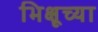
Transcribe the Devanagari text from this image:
भिक्षूच्या